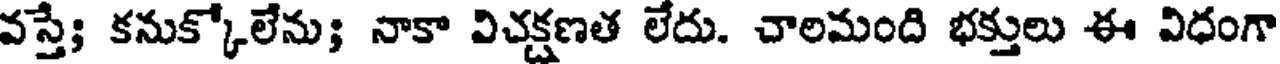
వస్తే; కనుక్కోలేను; నాకా విచక్షణత లేదు. చాలమంది భక్తులు ఈ విధంగా